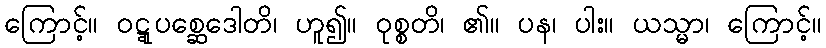
ကြောင့်။ ဝဋ္ဋုပစ္ဆေဒေါတိ၊ ဟူ၍။ ဝုစ္စတိ၊ ၏။ ပန၊ ပါး။ ယသ္မာ၊ ကြောင့်။